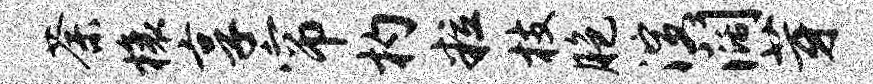
荼榱享帘杓粒枝胞演阔芽